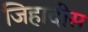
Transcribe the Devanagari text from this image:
जिहादीस